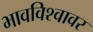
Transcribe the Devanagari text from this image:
भावविश्वावर